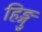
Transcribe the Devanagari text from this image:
हिङ्गु